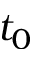
t _ { 0 }